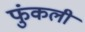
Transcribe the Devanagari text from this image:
फुंकली